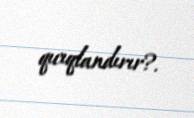
qıcıqlandırır?.